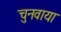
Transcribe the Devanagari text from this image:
चुनवाया